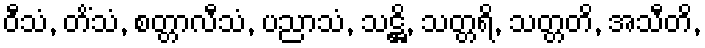
ဝီသံ, တိံသံ, စတ္တာလီသံ, ပညာသံ, သဋ္ဌိ, သတ္တရိ, သတ္တတိ, အသီတိ,